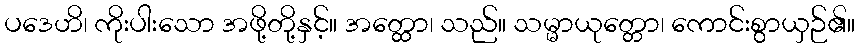
ပဒေဟိ၊ ကိုးပါးသော အဖို့တို့နှင့်။ အတ္ထော၊ သည်။ သမ္မာယုတ္တော၊ ကောင်းစွာယှဉ်၏။